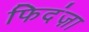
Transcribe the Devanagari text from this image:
फिदंज़ा